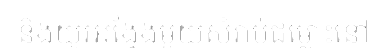
និងយូរអង្វែងមួយសំរាប់ជម្លោះនៅ